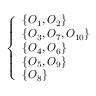
\left\{ \begin{array} { l l } { \{ O _ { 1 } , O _ { 2 } \} } \\ { \{ O _ { 3 } , O _ { 7 } , O _ { 1 0 } \} } \\ { \{ O _ { 4 } , O _ { 6 } \} } \\ { \{ O _ { 5 } , O _ { 9 } \} } \\ { \{ O _ { 8 } \} } \end{array} \right.